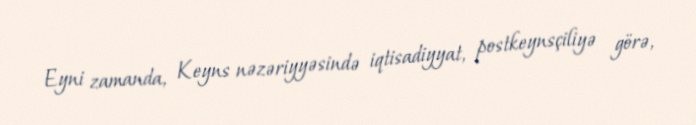
Eyni zamanda, Keyns nəzəriyyəsində iqtisadiyyat, postkeynsçiliyə görə,